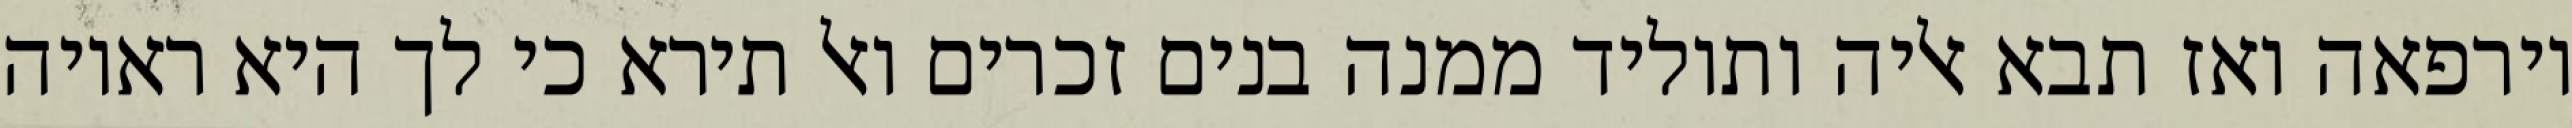
וירפאה ואז תבא אליה ותוליד ממנה בנים זכרים ואל תירא כי לך היא ראויה